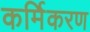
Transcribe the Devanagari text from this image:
कर्मिकरण